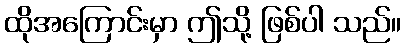
ထိုအကြောင်းမှာ ဤသို့ ဖြစ်ပါ သည်။